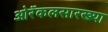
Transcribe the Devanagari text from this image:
ओरॅकलसारख्या